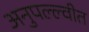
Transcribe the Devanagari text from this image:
अनुपल्ल्वीत